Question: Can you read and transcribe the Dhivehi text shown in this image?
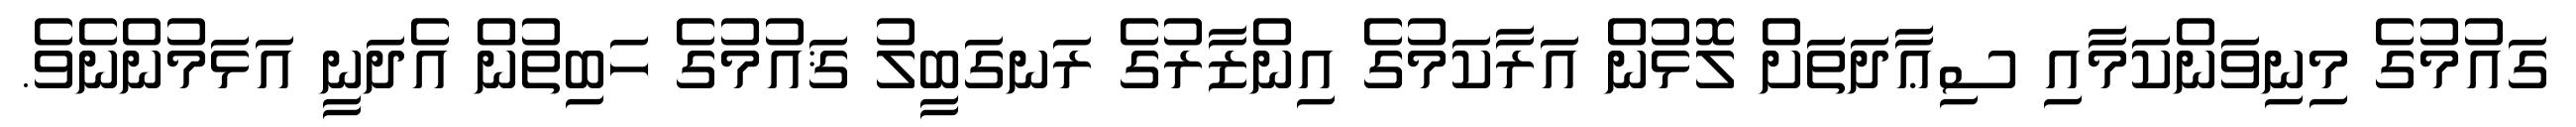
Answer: ގައުމުގެ މިނިވަންކަމާއި ސިޢާދަތަށް ލޮޅުން އަރާކަމުގެ އިންޒާރުގެ ރަނގަބީލު ޤައުމުގެ ހަބިތުން އެދަނީ އަޅަމުންނެވެ.